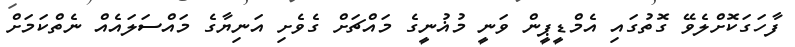
ފާހަގަކޮށްލެވޭ ގޮތުގައި އެމްޑީޕީން ވަނީ މުޣުނީގެ މައްޗަށް ގެވެށި އަނިޔާގެ މައްސަލައެއް ނެތްކަމަށް